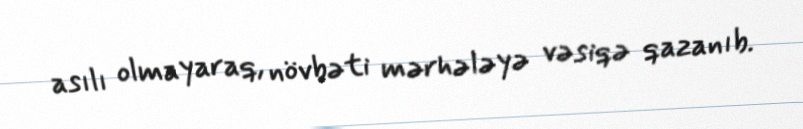
asılı olmayaraq, növbəti mərhələyə vəsiqə qazanıb.